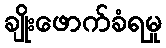
ချိုးဖောက်ခံရမှု